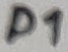
Text: D1